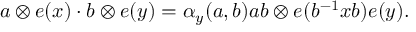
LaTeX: a \otimes e ( x ) \cdot b \otimes e ( y ) = \alpha _ { y } ( a , b ) a b \otimes e ( b ^ { - 1 } x b ) e ( y ) .